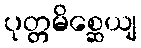
ပုတ္တမိစ္ဆေယျ